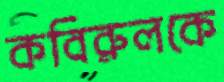
কবিরুলকে